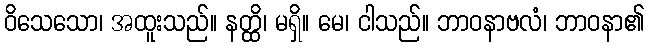
ဝိသေသော၊ အထူးသည်။ နတ္ထိ၊ မရှိ။ မေ၊ ငါသည်။ ဘာဝနာဗလံ၊ ဘာဝနာ၏